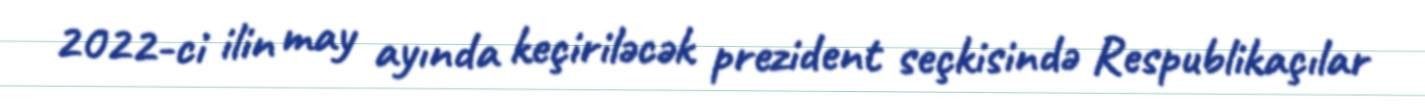
2022-ci ilin may ayında keçiriləcək prezident seçkisində Respublikaçılar